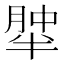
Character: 𰮹